Note on the mental hospitals in Burma - 1925-1940
Year: 1925
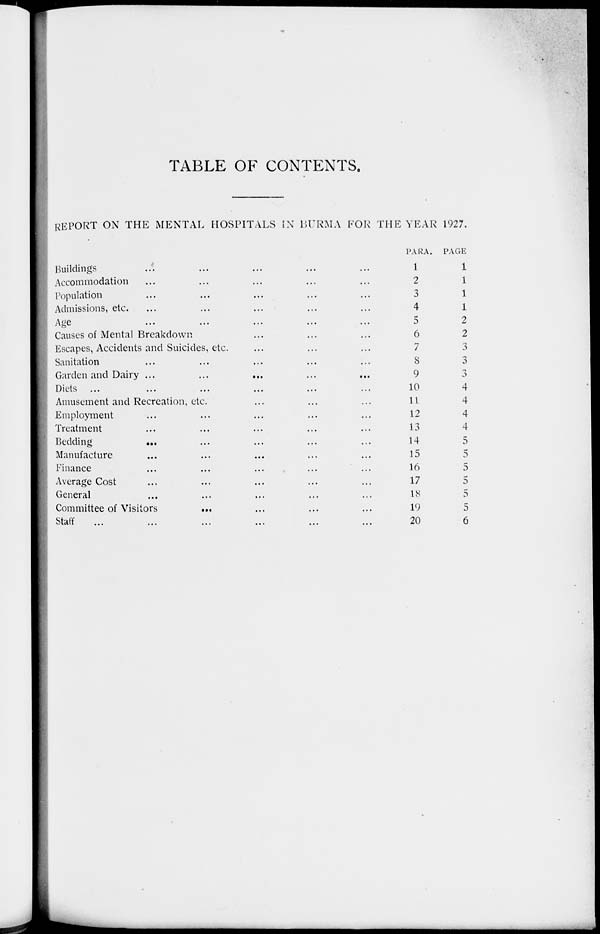
TABLE OF CONTENTS.
REPORT ON THE MENTAL HOSPITALS IN BURMA FOR THE YEAR 1927.
Buildings ... ... ... ... ...
Accommodation ... ... ... ... ...
Population ... ... ... ... ...
Admissions, etc. ... ... ... ... ...
Age ... ... ... ... ...
Causes of Mental Breakdown ... ... ... ... ...
Escapes, Accidents and Suicides, etc. ... ... ... ... ...
Sanitation ... ... ... ... ...
Garden and Dairy ... ... ... ... ...
Diets
...
...
...
...
...
Amusement and Recreation, etc. ... ... ... ... ...
Employment ... ... ... ... ...
Treatment ... ... ... ... ...
Bedding ... ... ... ... ...
Manufacture ... ... ... ... ...
Finance ... ... ... ... ...
Average Cost ... ... ... ... ...
General ... ... ... ... ...
Committee of Visitors ... ... ... ... ...
Staff
...
...
...
...
...
PARA.
1
2
3
4
5
6
7
8
9
10
11
12
13
14
15
16
17
18
19
20
PAGE
1
1
1
1
2
2
3
3
3
4
4
4
4
5
5
5
5
5
5
6